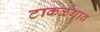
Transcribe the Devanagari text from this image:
टाकळगाव